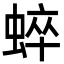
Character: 蜶